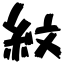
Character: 紋